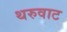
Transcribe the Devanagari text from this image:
थरुवाट